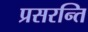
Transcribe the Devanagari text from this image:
प्रसरन्ति